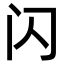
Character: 闪